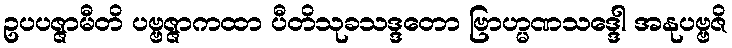
ဥပပဇ္ဇာမီတိ ပဗ္ဗဇ္ဇာကထာ ပီတိသုခသဒ္ဒတော ဗြာဟ္မဏသဒ္ဒေါ အနုပဗ္ဗဇိ